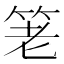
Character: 䇭